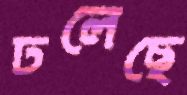
ঢলেছে